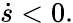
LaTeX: \dot{s}<0.